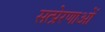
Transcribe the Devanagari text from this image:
सत्प्रेरणाओं